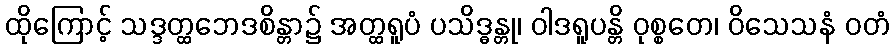
ထိုကြောင့် သဒ္ဒတ္ထဘေဒစိန္တာ၌ အတ္ထရူပံ ပသိဒ္ဓန္တု၊ ဝါဒရူပန္တိ ဝုစ္စတေ၊ ဝိသေသနံ ဝတံ